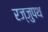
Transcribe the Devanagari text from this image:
रज्जुपथ